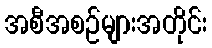
အစီအစဉ်များအတိုင်း